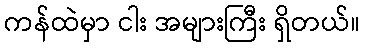
ကန်ထဲမှာ ငါး အများကြီး ရှိတယ်။